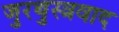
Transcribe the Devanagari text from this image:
जुरथुस्त्रवाद